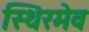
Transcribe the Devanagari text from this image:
स्थिरमेव